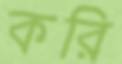
করি